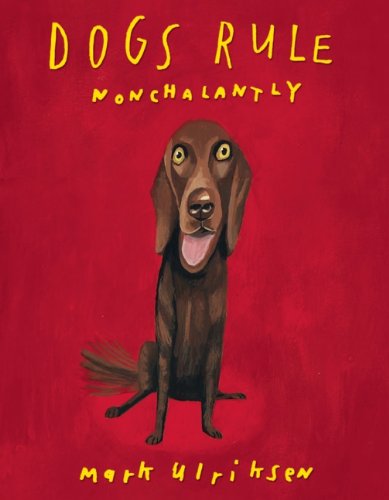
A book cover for Dogs Rule Nonchalantly; Mark Ulriksen; Arts & Photography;